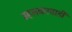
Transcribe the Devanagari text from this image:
म्हसकरवाडी